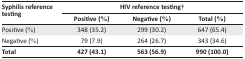
| <ROWSPAN=2> Syphilis reference testing | <COLSPAN=3> HIV reference testing† |
 | Positive (%) | Negative (%) | Total (%) |
 | --- | --- | --- | --- |
 | Positive (%) | 348 (35.2) | 299 (30.2) | 647 (65.4) |
 | Negative (%) | 79 (7.9) | 264 (26.7) | 343 (34.6) |
 | Total | 427 (43.1) | 563 (56.9) | 990 (100.0) |